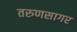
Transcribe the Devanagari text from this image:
तरुणसागर